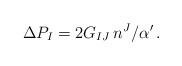
\begin{align*}\Delta P_I = 2G_{IJ}\,n^J/\alpha^\prime\, .\end{align*}